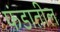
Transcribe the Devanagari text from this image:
फंडातील